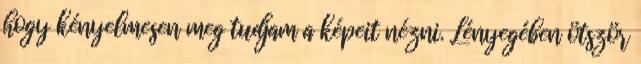
hogy kényelmesen meg tudjam a képeit nézni. Lényegében ötször